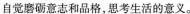
自觉磨砺意志和品格，思考生活的意义。